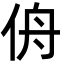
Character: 侜